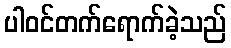
ပါဝင်တက်ရောက်ခဲ့သည်